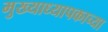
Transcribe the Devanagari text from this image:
मुख्याध्यापकाच्या